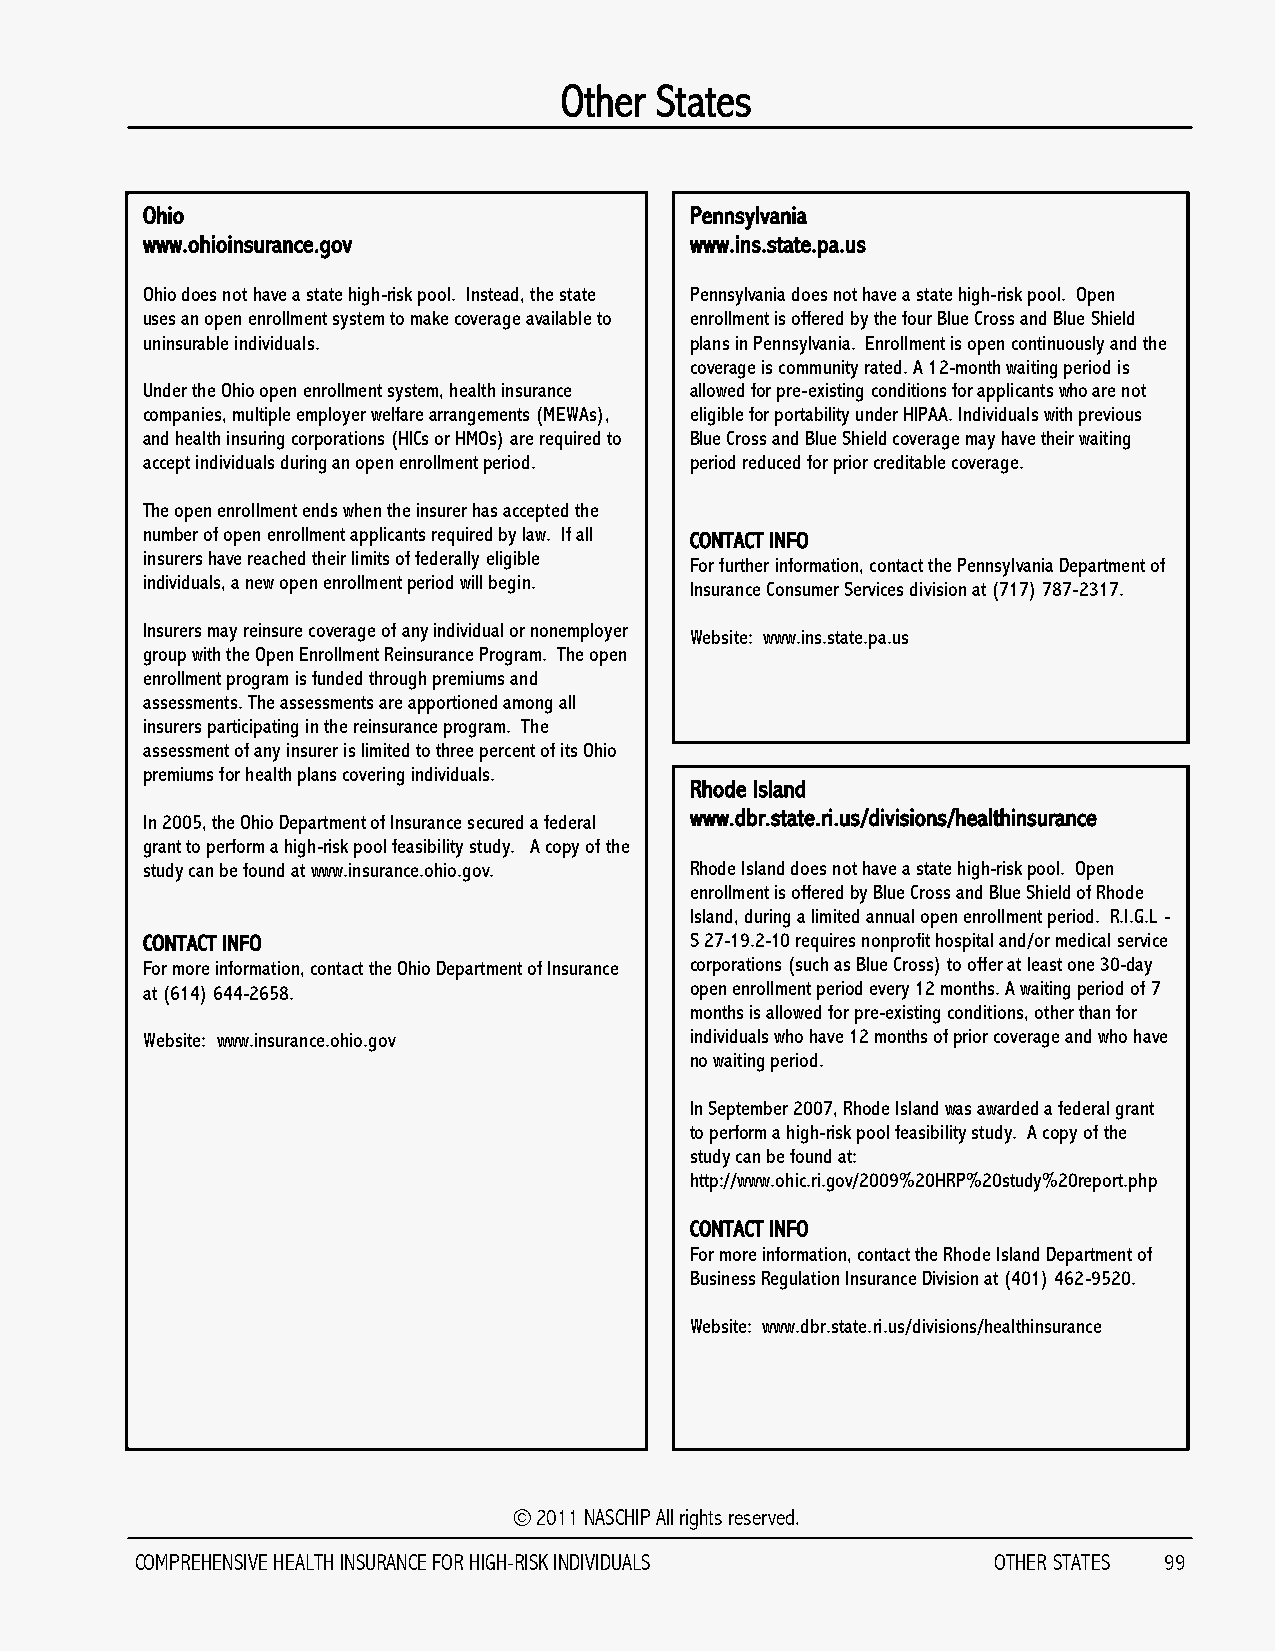
Other States
 Ohio                                 Pennsylvania
 www.ohioinsurance.gov                www.ins.state.pa.us
 Ohio does not have a state high-risk pool. Instead, the state Pennsylvania does not have a state high-risk pool. Open
 uses an open enrollment system to make coverage available to enrollment is offered by the four Blue Cross and Blue Shield
 uninsurable individuals.             plans in Pennsylvania. Enrollment is open continuously and the
 coverage is community rated. A 12-month waiting period is
 Under the Ohio open enrollment system, health insurance allowed for pre-existing conditions for applicants who are not
 companies, multiple employer welfare arrangements (MEWAs), eligible for portability under HIPAA. Individuals with previous
 and health insuring corporations (HICs or HMOs) are required to Blue Cross and Blue Shield coverage may have their waiting
 accept individuals during an open enrollment period. period reduced for prior creditable coverage.
 The open enrollment ends when the insurer has accepted the
 number of open enrollment applicants required by law. If all CONTACT INFO
 insurers have reached their limits of federally eligible
 For further information, contact the Pennsylvania Department of
 individuals, a new open enrollment period will begin.
 Insurance Consumer Services division at (717) 787-2317.
 Insurers may reinsure coverage of any individual or nonemployer
 Website: www.ins.state.pa.us
 group with the Open Enrollment Reinsurance Program. The open
 enrollment program is funded through premiums and
 assessments. The assessments are apportioned among all
 insurers participating in the reinsurance program. The
 assessment of any insurer is limited to three percent of its Ohio
 premiums for health plans covering individuals.
 Rhode Island
 www.dbr.state.ri.us/divisions/healthinsurance
 In 2005, the Ohio Department of Insurance secured a federal
 grant to perform a high-risk pool feasibility study. A copy of the
 study can be found at www.insurance.ohio.gov. Rhode Island does not have a state high-risk pool. Open
 enrollment is offered by Blue Cross and Blue Shield of Rhode
 Island, during a limited annual open enrollment period. R.I.G.L -
 CONTACT INFO                         S 27-19.2-10 requires nonprofit hospital and/or medical service
 For more information, contact the Ohio Department of Insurance corporations (such as Blue Cross) to offer at least one 30-day
 at (614) 644-2658.                   open enrollment period every 12 months. A waiting period of 7
 months is allowed for pre-existing conditions, other than for
 Website: www.insurance.ohio.gov      individuals who have 12 months of prior coverage and who have
 no waiting period.
 In September 2007, Rhode Island was awarded a federal grant
 to perform a high-risk pool feasibility study. A copy of the
 study can be found at:
 http://www.ohic.ri.gov/2009%20HRP%20study%20report.php
 CONTACT INFO
 For more information, contact the Rhode Island Department of
 Business Regulation Insurance Division at (401) 462-9520.
 Website: www.dbr.state.ri.us/divisions/healthinsurance
 © 2011 NASCHIP All rights reserved.
 COMPREHENSIVE HEALTH INSURANCE FOR HIGH-RISK INDIVIDUALS OTHER STATES 99